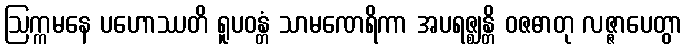
ဩက္ကမနေ ပဟောဿတိ ရူပဝန္တံ သာမဏေရိကာ အပရဇ္ဈန္တိ ဝဇဓာတု လဇ္ဇာပေတွာ